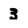
Character: 3